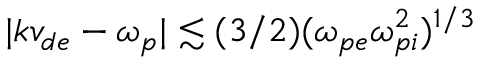
\vert k v _ { d e } - \omega _ { p } \vert \lesssim ( 3 / 2 ) ( \omega _ { p e } \omega _ { p i } ^ { 2 } ) ^ { 1 / 3 }